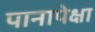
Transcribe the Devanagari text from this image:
पानापेक्षा